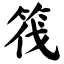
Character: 筏